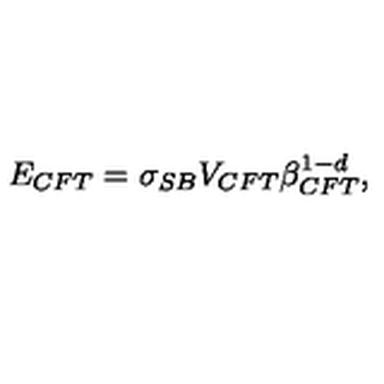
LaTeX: E _ { C F T } = \sigma _ { S B } V _ { C F T } \beta _ { C F T } ^ { 1 - d } ,